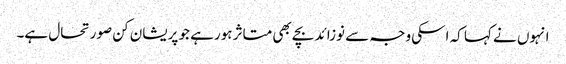
انہوں نے کہا کہ اسکی وجہ سے نوزائد بچے بھی متاثر ہورہے جو پریشان کن صورتحال ہے۔